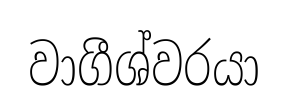
වාගීශ්වරයා